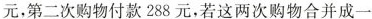
元，第二次购物付款288元，若这两次购物合并成一